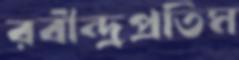
রবীন্দ্রপ্রতিম